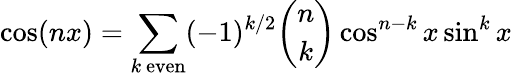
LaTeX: \cos(nx)=\sum_{k{\mathrm{~even}}}(-1)^{k/2}{\binom{n}{k}}\cos^{n-k}x\sin^{k}x